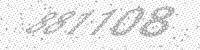
Solution: 881108